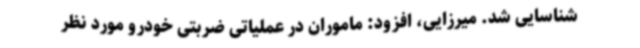
شناسایی شد. میرزایی، افزود: ماموران در عملیاتی ضربتی خودرو مورد نظر